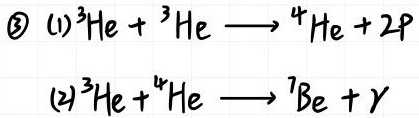
\[
\begin{align*}
\textcircled{3}\quad&(1)\ ^{3}\mathrm{He}+^{3}\mathrm{He}\longrightarrow^{4}\mathrm{He}+2\mathrm{p}\\
&(2)\ ^{3}\mathrm{He}+^{4}\mathrm{He}\longrightarrow^{7}\mathrm{Be}+\gamma
\end{align*}
\]